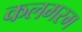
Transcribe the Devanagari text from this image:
कलमरम